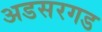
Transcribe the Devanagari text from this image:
अडसरगड